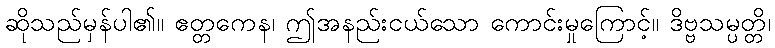
ဆိုသည်မှန်ပါ၏။ ဧတ္တကေန၊ ဤအနည်းငယ်သော ကောင်းမှုကြောင့်။ ဒိဗ္ဗသမ္ပတ္တိ၊